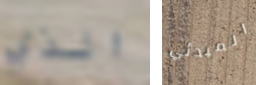
الذي المبدئي